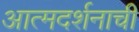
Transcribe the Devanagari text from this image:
आत्मदर्शनाची